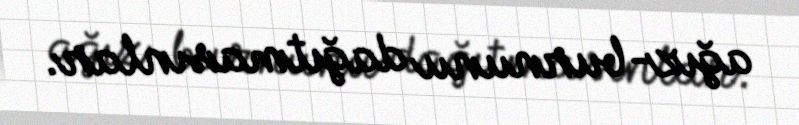
ağız-burnunu dağıtmasınlar.